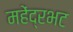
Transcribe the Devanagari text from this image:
महेंद्रभट